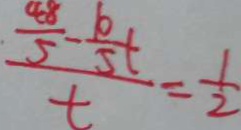
\frac { \frac { 4 8 } { 5 } - \frac { b } { 5 } t } { t } = \frac { 1 } { 2 }